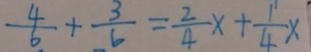
\frac { 4 } { 6 } + \frac { 3 } { 6 } = \frac { 2 } { 4 } x + \frac { 1 } { 4 } x